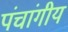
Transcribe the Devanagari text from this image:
पंचांगीय